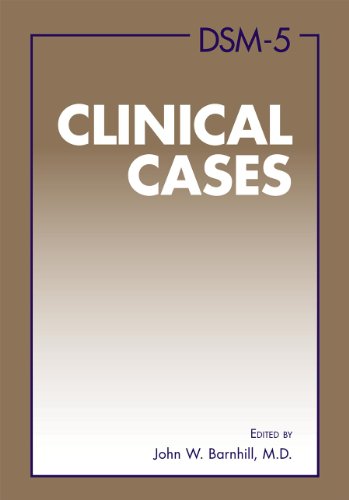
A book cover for DSM-5 Clinical Cases; John W. Barnhill; Medical Books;